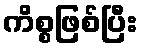
ကိစ္စဖြစ်ပြီး